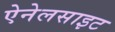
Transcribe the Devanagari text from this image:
ऐनेलसाइट